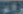
رام